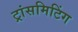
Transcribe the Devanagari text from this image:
ट्रांसमिटिंग